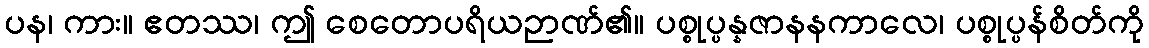
ပန၊ ကား။ ဧတဿ၊ ဤ စေတောပရိယဉာဏ်၏။ ပစ္စုပ္ပန္နဇာနနကာလေ၊ ပစ္စုပ္ပန်စိတ်ကို